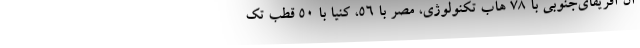
آن آفریقای‌جنوبی با ۷۸ هاب تکنولوژی، مصر با ۵۶، کنیا با ۵۰ قطب تک